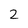
Character: 2